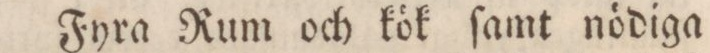
Fyra Rum och kök ſamt nödiga